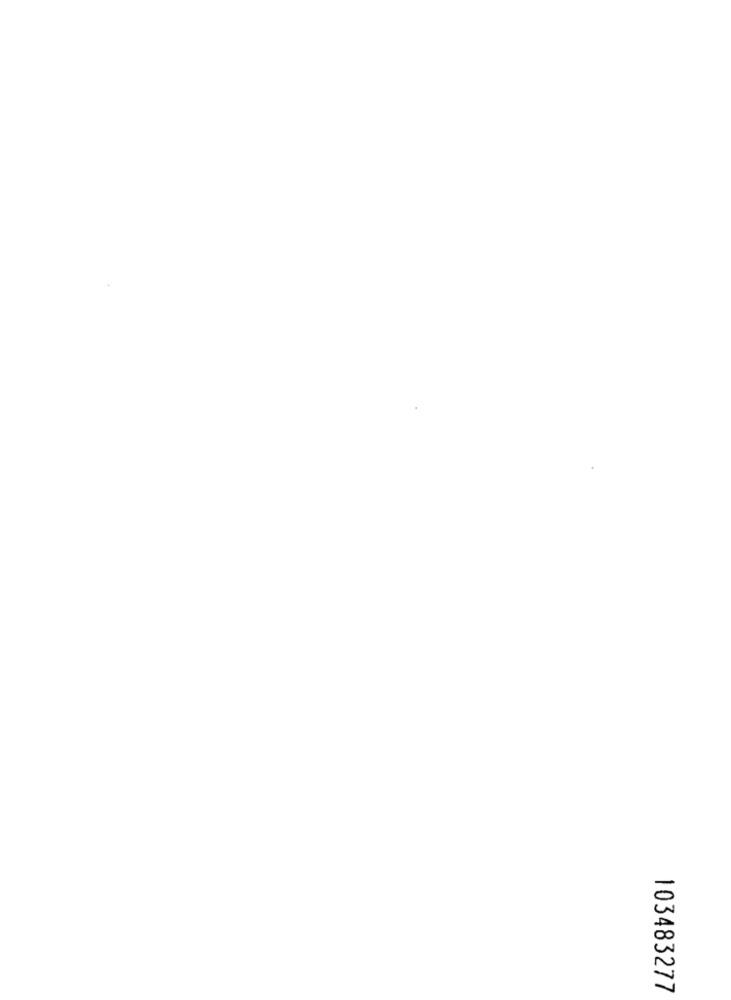
103483277